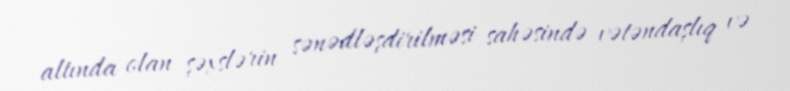
altında olan şəxslərin sənədləşdirilməsi sahəsində vətəndaşlıq və